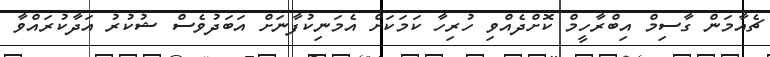
ޗެއާމަން ގާސިމް އިބްރާހީމް ކޮށްދެއްވި ހުރިހާ ކަމަކަށް އެމަނިކުފާނަށް އަބަދުވެސް ޝުކުރު އަދާކުރައްވާ